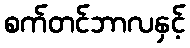
စက်တင်ဘာလနှင့်